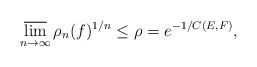
\begin{align*}\varlimsup_{n\to\infty}\rho_n(f)^{1/n} \le\rho= e^{-1/C(E,F)},\end{align*}